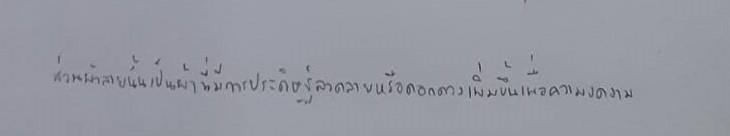
ส่วนผ้าลายนั้นเป็นผ้าที่มีการประดิษฐ์ลวดลายหรือดอกดวงเพิ่มขึ้นเพื่อความงดงาม